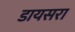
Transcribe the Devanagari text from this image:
डायसरा